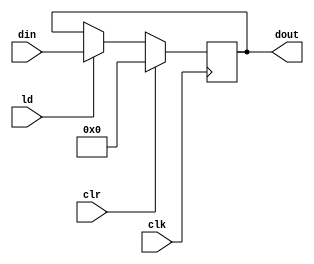
`timescale 1ns / 1ps
//////////////////////////////////////////////////////////////////////////////////
// Company: 
// Engineer: 
// 
// Design Name: 
// Module Name:    pipo2 
// Project Name: 
// Target Devices: 
// Tool versions: 
// Description: 
//
// Dependencies: 
//
// Revision: 
// Revision 0.01 - File Created
// Additional Comments: 
//
//////////////////////////////////////////////////////////////////////////////////
module pipo2(dout,din,ld,clr,clk);
input [15:0] din;
input ld,clr,clk;
output reg [15:0] dout;
always @ (posedge clk)
if (clr) dout<=16'b0;
else if (ld)dout<= din;
 

endmodule